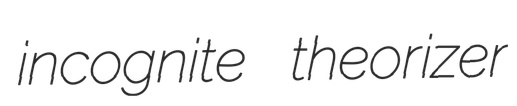
incognite theorizer